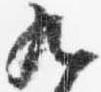
九